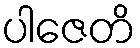
ပါဇေတိ